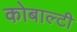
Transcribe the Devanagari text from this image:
कोबाल्टी